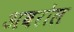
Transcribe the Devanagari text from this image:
अवरोल